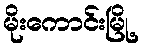
မိုးကောင်းမြို့